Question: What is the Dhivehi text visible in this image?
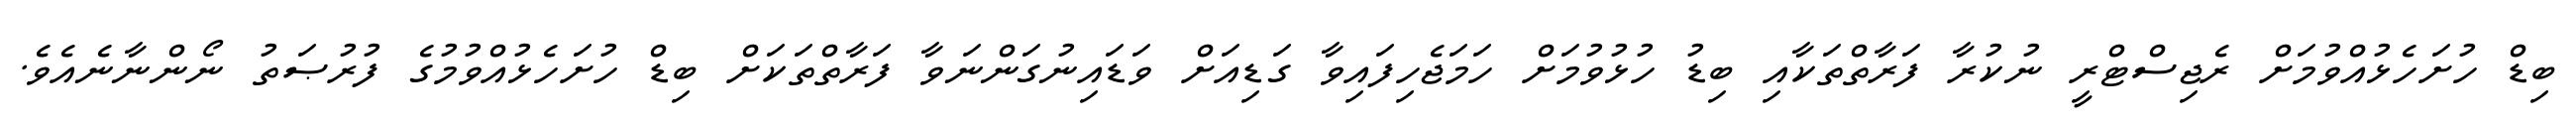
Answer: ބިޑް ހުށަހެޅުއްވުމަށް ރެޖިސްޓްރީ ނުކުރާ ފަރާތްތަކާއި ބިޑު ހުޅުވުމަށް ހަމަޖެހިފައިވާ ގަޑިއަށް ވަޑައިނުގަންނަވާ ފަރާތްތަކަށް ބިޑް ހުށަހެޅުއްވުމުގެ ފުރުޞަތު ނޯންނާނެއެވެ.